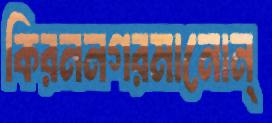
কিরননগরমানোন্